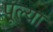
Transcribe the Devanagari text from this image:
पूल्या